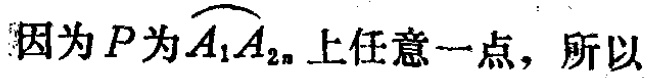
因为\(P\)为\(\overset{\frown}{A_{1}A_{2n}}\)上任意一点，所以